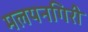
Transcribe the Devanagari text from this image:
मलयनगिरी